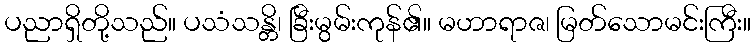
ပညာရှိတို့သည်။ ပသံသန္တိ၊ ခြီးမွမ်းကုန်၏။ မဟာရာဇ၊ မြတ်သောမင်းကြီး။